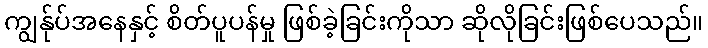
ကျွန်ုပ်အနေနှင့် စိတ်ပူပန်မှု ဖြစ်ခဲ့ခြင်းကိုသာ ဆိုလိုခြင်းဖြစ်ပေသည်။